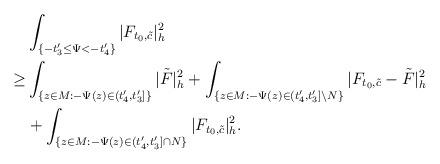
LaTeX: \begin{align*}&\int_{ \{-t'_3\le\Psi<-t'_4\}}|F_{t_0,\tilde{c}}|^2_h\\\ge & \int_{\{z\in M:-\Psi(z)\in (t'_4,t'_3]\}}|\tilde F|^2_h+\int_{\{z\in M:-\Psi(z)\in (t'_4,t'_3]\backslash N\}}|F_{t_0,\tilde{c}}-\tilde F|^2_h\\&+\int_{ \{z\in M: -\Psi(z)\in(t'_4,t'_3]\cap N\}}|F_{t_0,\tilde{c}}|^2_h.\end{align*}